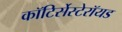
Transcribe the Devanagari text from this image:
कॉटिर्सेस्टेरॉयड